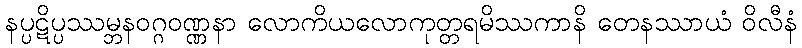
နပ္ပဋိပ္ပဿမ္ဘနဝဂ္ဂဝဏ္ဏနာ လောကိယလောကုတ္တရမိဿကာနိ တေနဿာယံ ဝိလီနံ